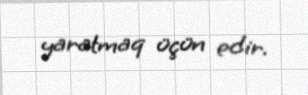
yaratmaq üçün edir.